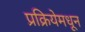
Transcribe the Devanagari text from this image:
प्रक्रियेमधून